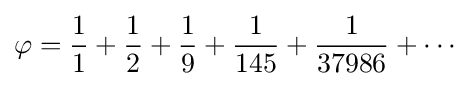
\varphi ={\frac {1}{1}}+{\frac {1}{2}}+{\frac {1}{9}}+{\frac {1}{145}}+{\frac {1}{37986}}+\cdots